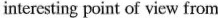
interesting point of view from